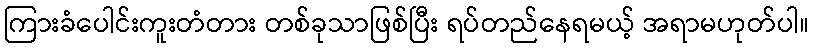
ကြားခံပေါင်းကူးတံတား တစ်ခုသာဖြစ်ပြီး ရပ်တည်နေရမယ့် အရာမဟုတ်ပါ။